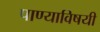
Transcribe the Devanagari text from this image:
पाण्याविषयी